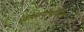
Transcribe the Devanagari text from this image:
स्वयत्तयोपनिवेष